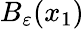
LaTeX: B_{\varepsilon}(x_{1})